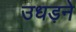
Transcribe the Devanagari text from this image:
उधड़ने